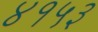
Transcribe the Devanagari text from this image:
४१५३